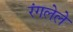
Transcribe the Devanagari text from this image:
रंगलेले